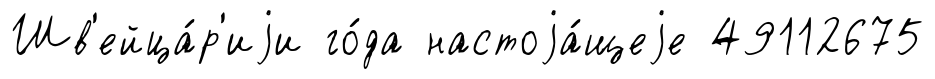
Шв'ейца́р'иjи го́да настоjа́щеjе 49112675